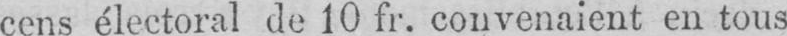
cens électoral de 10 fr. convenaient en tous